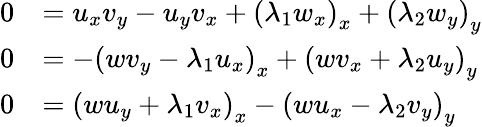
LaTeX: \begin{array}{rl}{0}&{=u_{x}v_{y}-u_{y}v_{x}+\left(\lambda_{1}w_{x}\right)_{x}+\left(\lambda_{2}w_{y}\right)_{y}}\\ {0}&{=-\left(wv_{y}-\lambda_{1}u_{x}\right)_{x}+\left(wv_{x}+\lambda_{2}u_{y}\right)_{y}}\\ {0}&{=\left(wu_{y}+\lambda_{1}v_{x}\right)_{x}-\left(wu_{x}-\lambda_{2}v_{y}\right)_{y}}\end{array}